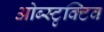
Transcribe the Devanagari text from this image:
ओब्स्टृक्टिव